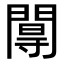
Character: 𨵏